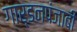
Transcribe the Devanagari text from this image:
गार्डनपंजाबी